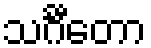
သင်္ဂီတော